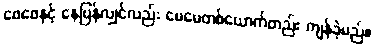
ဖေဖေနှင့် နေပြန်လျှင်လည်း မေမေတစ်ယောက်တည်း ကျန်ခဲ့မည်။